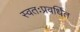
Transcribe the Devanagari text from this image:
स्वतःप्रवर्धित